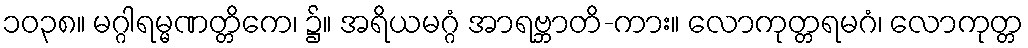
၁၀၃၈။ မဂ္ဂါရမ္မဏတ္တိကေ၊ ၌။ အရိယမဂ္ဂံ အာရဗ္ဘာတိ-ကား။ လောကုတ္တရမဂံ၊ လောကုတ္တ